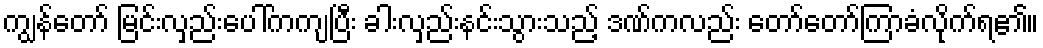
ကျွန်တော် မြင်းလှည်းပေါ်ကကျပြီး ခါးလှည်းနင်းသွားသည့် ဒဏ်ကလည်း တော်တော်ကြာခံလိုက်ရ၏။